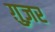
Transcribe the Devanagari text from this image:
ग़ुज़र